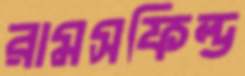
রামসফিল্ড